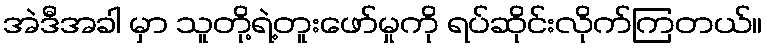
အဲဒီအခါ မှာ သူတို့ရဲ့တူးဖော်မှုကို ရပ်ဆိုင်းလိုက်ကြတယ်။